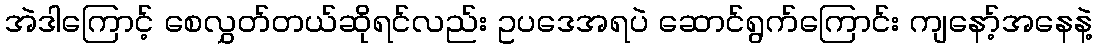
အဲဒါကြောင့် စေလွှတ်တယ်ဆိုရင်လည်း ဥပဒေအရပဲ ဆောင်ရွက်ကြောင်း ကျနော့်အနေနဲ့